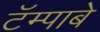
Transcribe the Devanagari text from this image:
टॅम्पाबे